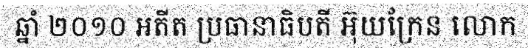
ឆ្នាំ ២០១០ អតីត ប្រធានាធិបតី អ៊ុយក្រែន លោក